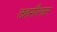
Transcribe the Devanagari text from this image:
तहसीलदर